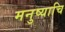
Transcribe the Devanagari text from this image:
मनुष्याचि